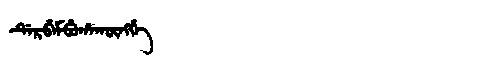
Manchu: ᡩᡝᡵᠪᡝᠮᠪᡠᡥᠠᡴᡡᠩᡤᡝ
Romanization: DERBEMBUHAKŪNGGE